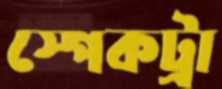
স্পেকট্রা